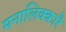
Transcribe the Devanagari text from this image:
मनालिक्कारै